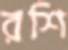
রশি